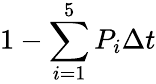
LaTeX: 1-\sum_{i=1}^{5}P_{i}\Delta t